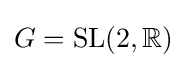
G={\text{SL}}(2,\mathbb {R} )